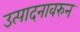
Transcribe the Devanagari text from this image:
उत्पादनावरुन